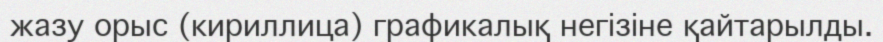
жазу орыс (кириллица) графикалық негізіне қайтарылды.